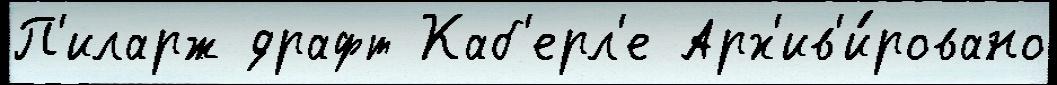
П'иларж драфт Каб'ерл'е Арх'ив'и́ровано